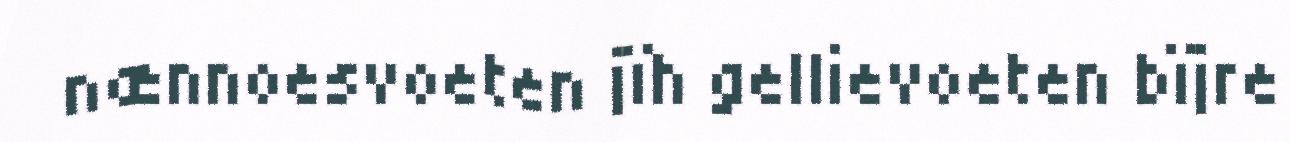
nænnoesvoeten jïh gellievoeten bïjre